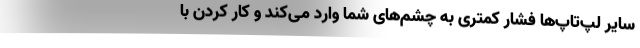
سایر لپ‌تاپ‌ها فشار کمتری به چشم‌های شما وارد می‌کند و کار کردن با